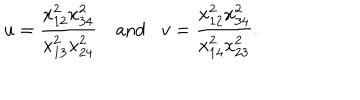
u = \frac { x _ { 1 2 } ^ { 2 } x _ { 3 4 } ^ { 2 } } { x _ { 1 3 } ^ { 2 } x _ { 2 4 } ^ { 2 } } \, \, \, \, \, \, \mathrm { a n d } \, \, \, \, \, v = \frac { x _ { 1 2 } ^ { 2 } x _ { 3 4 } ^ { 2 } } { x _ { 1 4 } ^ { 2 } x _ { 2 3 } ^ { 2 } } .